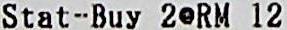
STAT-BUY 2@RM 12